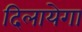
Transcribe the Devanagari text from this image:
दिलायेगा